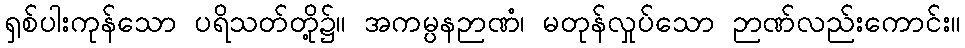
ရှစ်ပါးကုန်သော ပရိသတ်တို့၌။ အကမ္ပနဉာဏံ၊ မတုန်လှုပ်သော ဉာဏ်လည်းကောင်း။